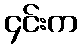
၄င်းက